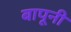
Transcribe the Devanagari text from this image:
बापूनी